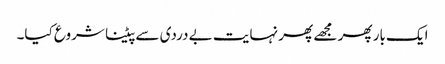
ایک بار پھر مجھے پھر نہایت بے دردی سے پیٹنا شروع کیا۔